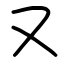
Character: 又